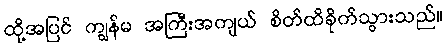
ထို့အပြင် ကျွန်မ အကြီးအကျယ် စိတ်ထိခိုက်သွားသည်။